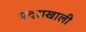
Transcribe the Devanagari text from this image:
पदराखाली